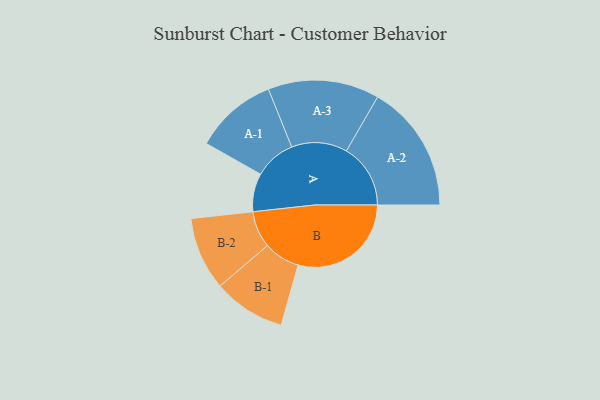
{"axis": {"x": "Segment", "y": "Value"}, "legend": ["", "A", "B"], "data": [{"x": "A", "y": 149, "type": ""}, {"x": "B", "y": 441, "type": ""}, {"x": "A-1", "y": 161, "type": "A"}, {"x": "A-2", "y": 250, "type": "A"}, {"x": "A-3", "y": 217, "type": "A"}, {"x": "B-1", "y": 141, "type": "B"}, {"x": "B-2", "y": 143, "type": "B"}]}